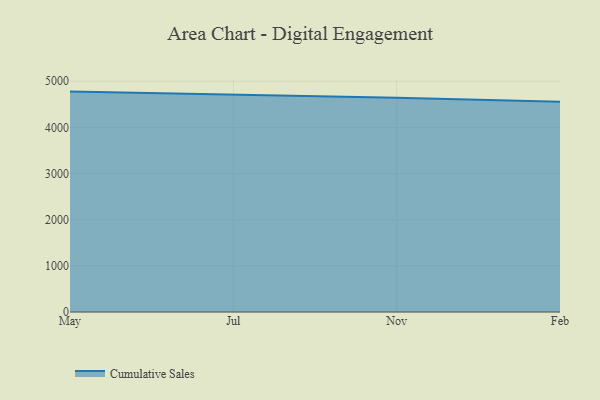
{"axis": {"x": "Month", "y": "Production Output"}, "legend": ["Cumulative Sales"], "data": [{"x": "May", "y": 4775.2, "type": "Cumulative Sales"}, {"x": "Jul", "y": 4709.2, "type": "Cumulative Sales"}, {"x": "Nov", "y": 4642.4, "type": "Cumulative Sales"}, {"x": "Feb", "y": 4554.2, "type": "Cumulative Sales"}]}